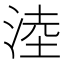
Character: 淕